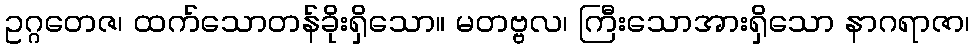
ဥဂ္ဂတေဇ၊ ထက်သောတန်ခိုးရှိသော။ မတဗ္ဗလ၊ ကြီးသောအားရှိသော နာဂရာဇာ၊